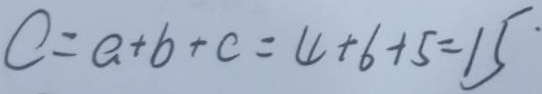
C = a + b + c = 4 + 6 + 5 = 1 5 ^ { \cdot }